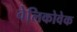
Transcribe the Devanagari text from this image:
वेलिकोवेक